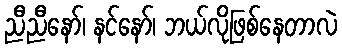
ညီညီနော်၊ နင်နော်၊ ဘယ်လိုဖြစ်နေတာလဲ